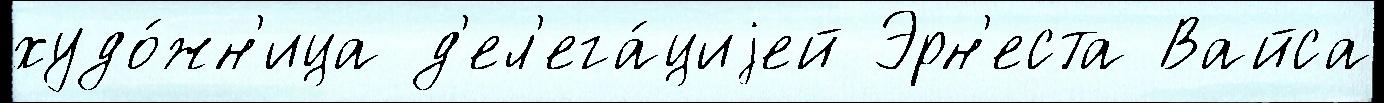
худо́жн'ица д'ел'ега́циjей Эрн'еста Вайса